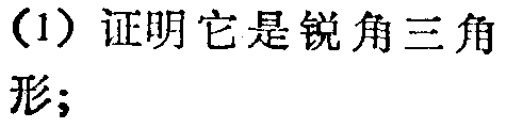
(1) 证明它是锐角三角形;